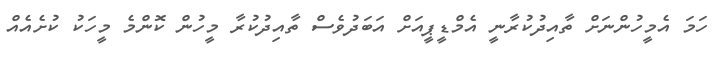
ހަމަ އެމީހުންނަށް ތާއިދުކުރާނީ އެމްޑީޕީއަށް އަބަދުވެސް ތާއިދުކުރާ މީހުން ކޮންމެ މީހަކު ކުށެއެއް